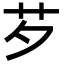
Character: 芕